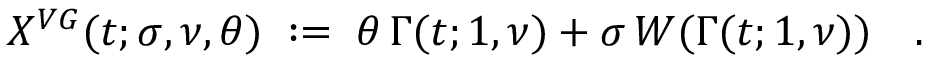
X ^ { V G } ( t ; \sigma , \nu , \theta ) \; : = \; \theta \, \Gamma ( t ; 1 , \nu ) + \sigma \, W ( \Gamma ( t ; 1 , \nu ) ) \quad .